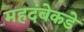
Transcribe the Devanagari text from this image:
महदंबेकडे